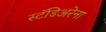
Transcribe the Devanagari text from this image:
स्टॅडिअरेना